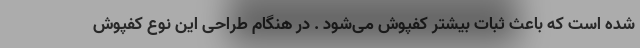
شده است که باعث ثبات بیشتر کفپوش می‌شود . در هنگام طراحی این نوع کفپوش